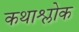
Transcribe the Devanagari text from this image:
कथाश्लोक